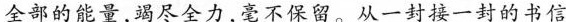
全部的能量，竭尽全力,毫不保留。从一封接一封的书信